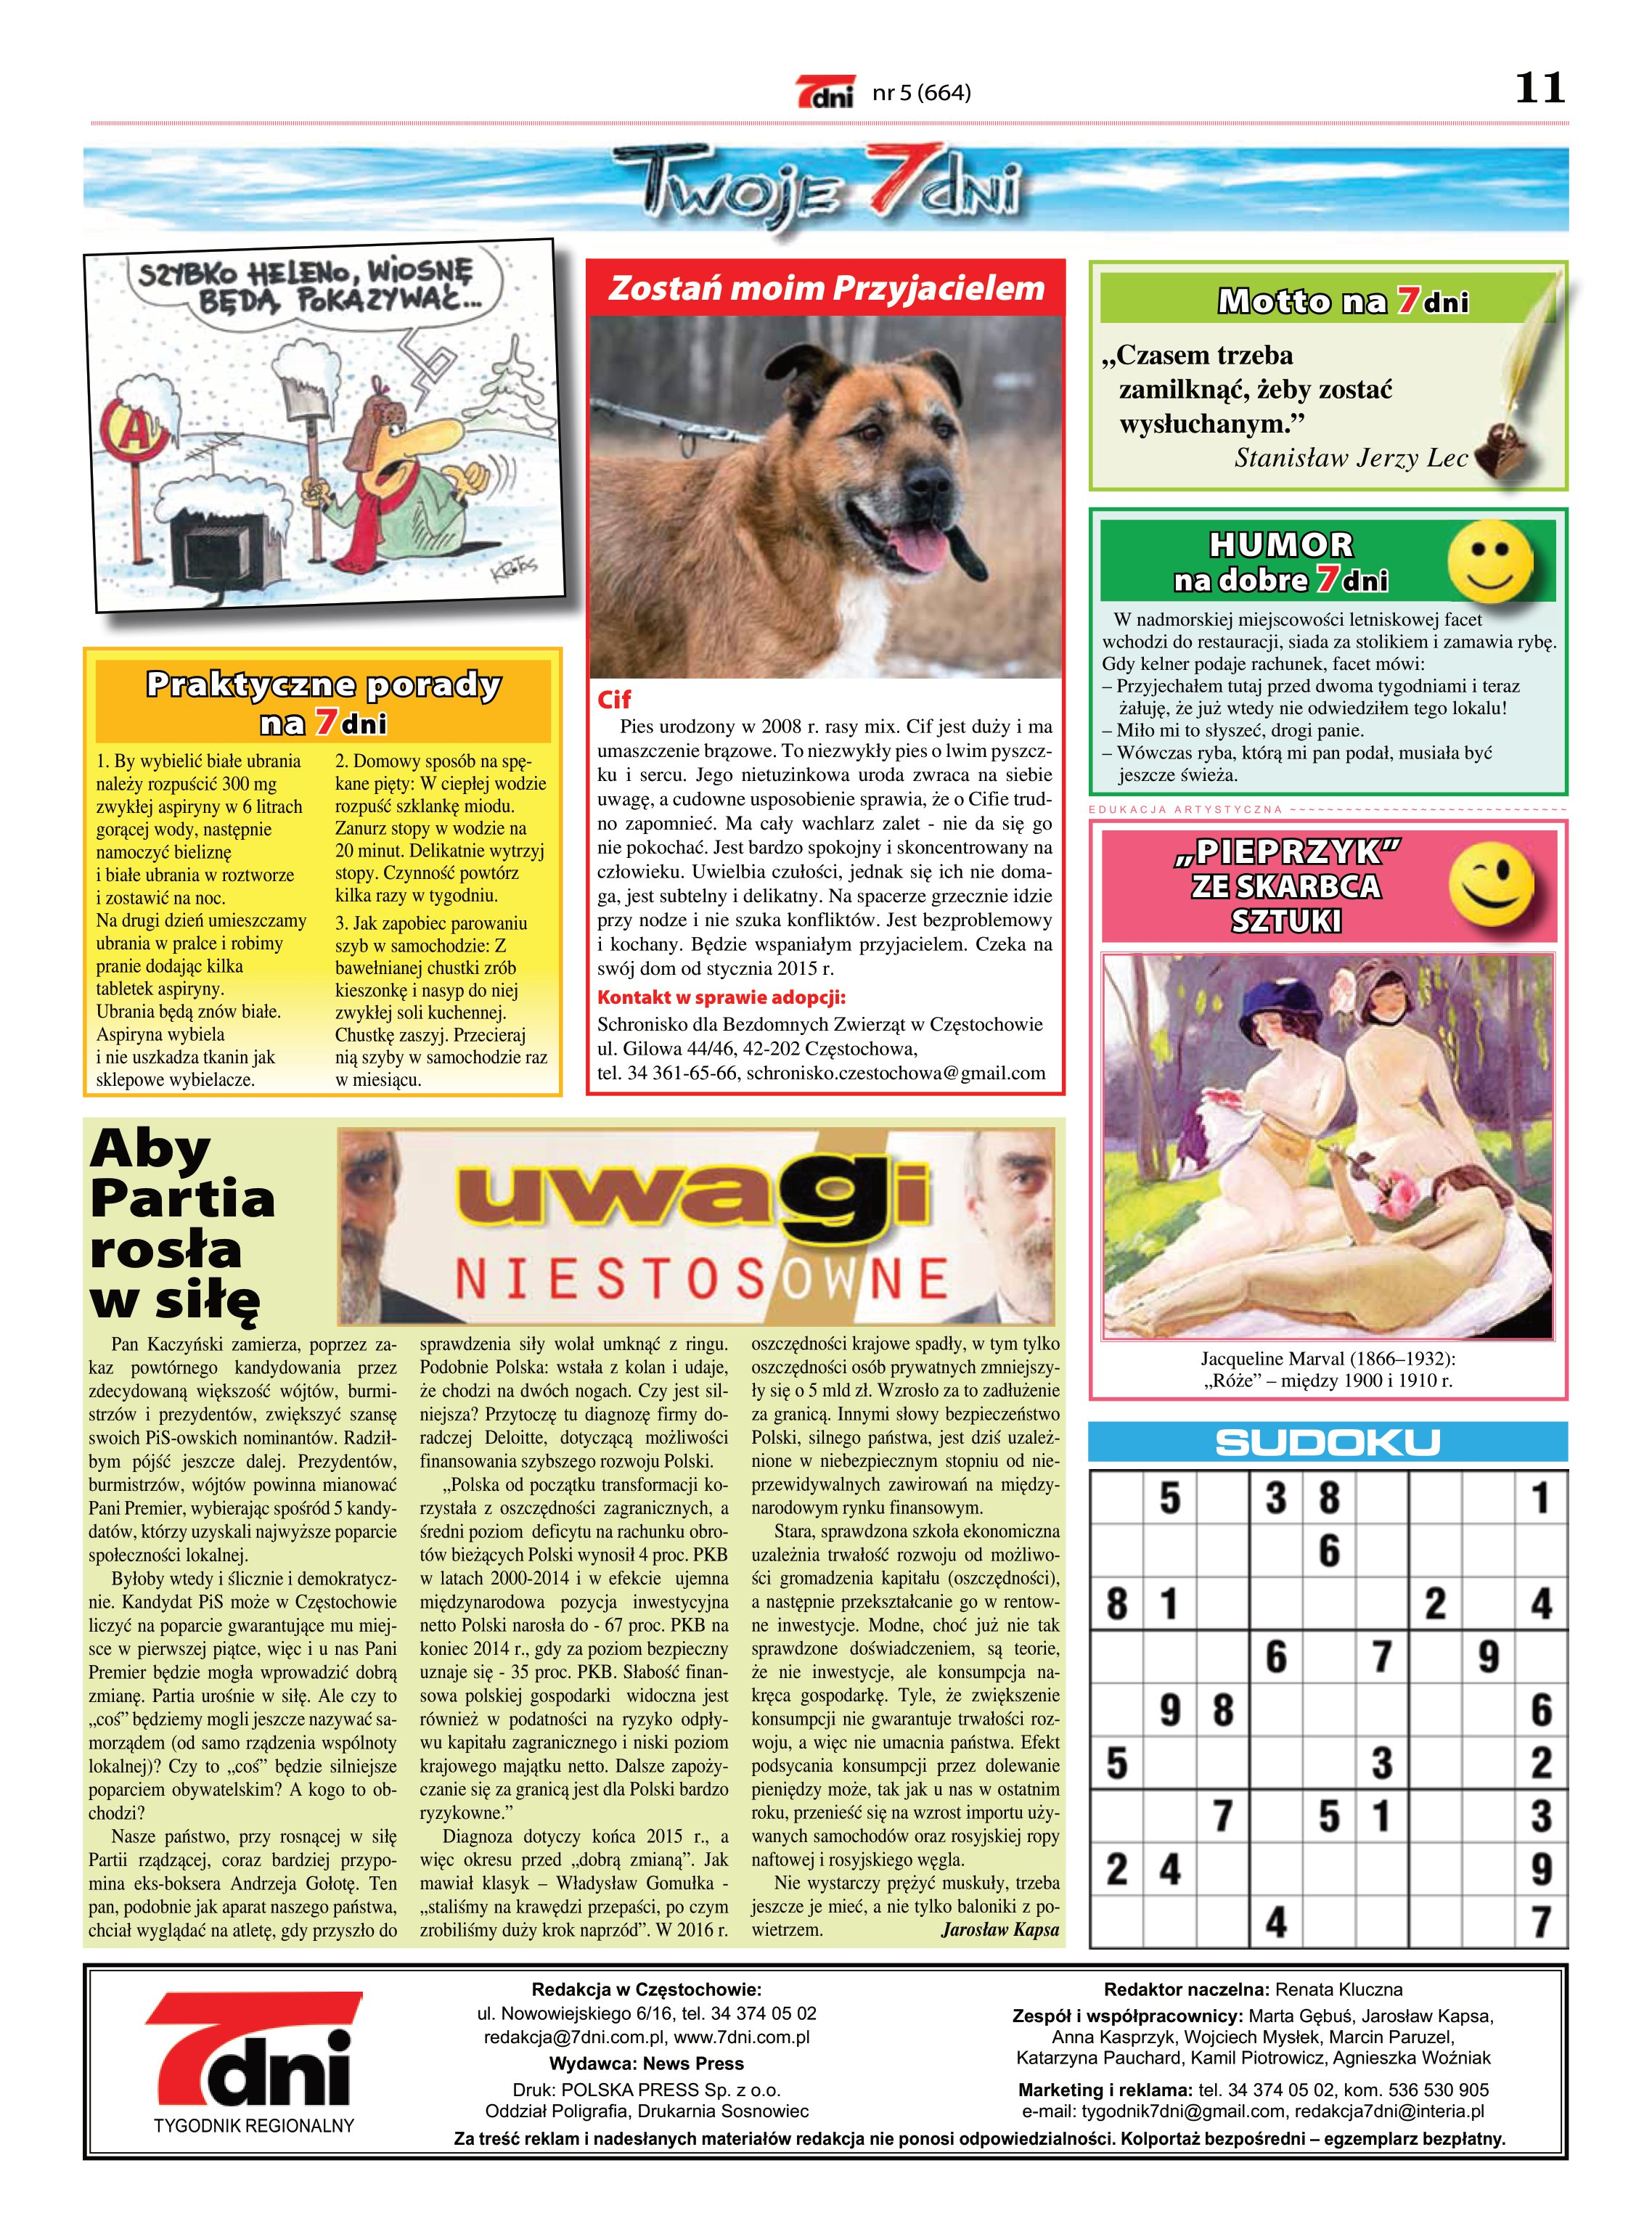
Language: pl